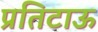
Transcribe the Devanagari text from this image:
प्रतिटाऊ